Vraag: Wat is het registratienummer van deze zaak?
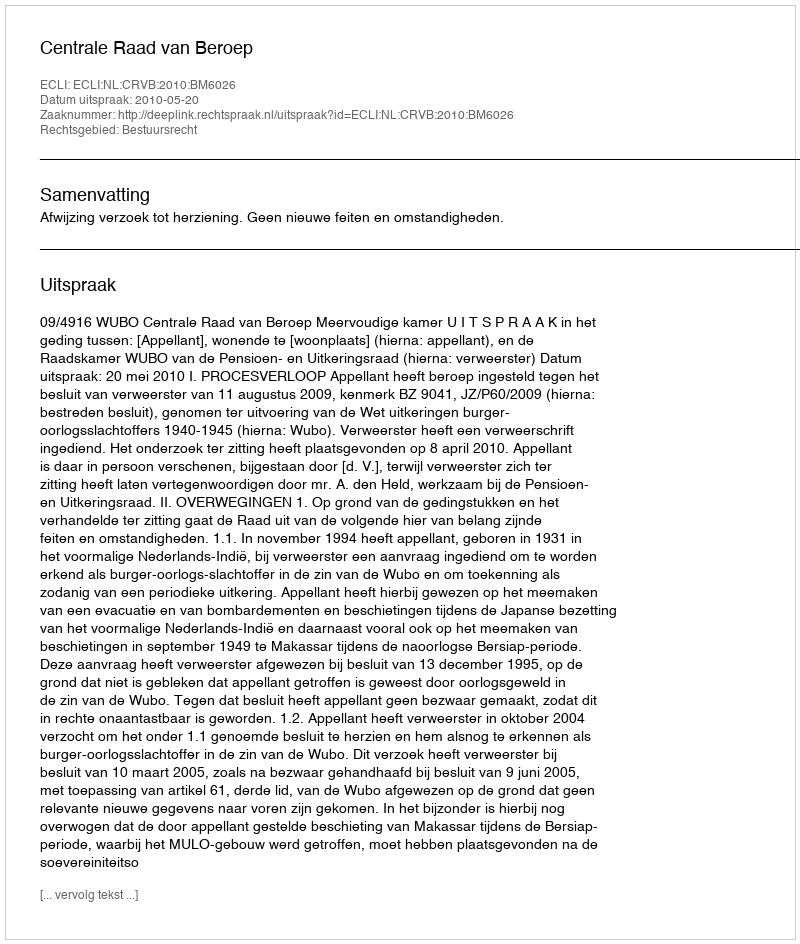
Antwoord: http://deeplink.rechtspraak.nl/uitspraak?id=ECLI:NL:CRVB:2010:BM6026